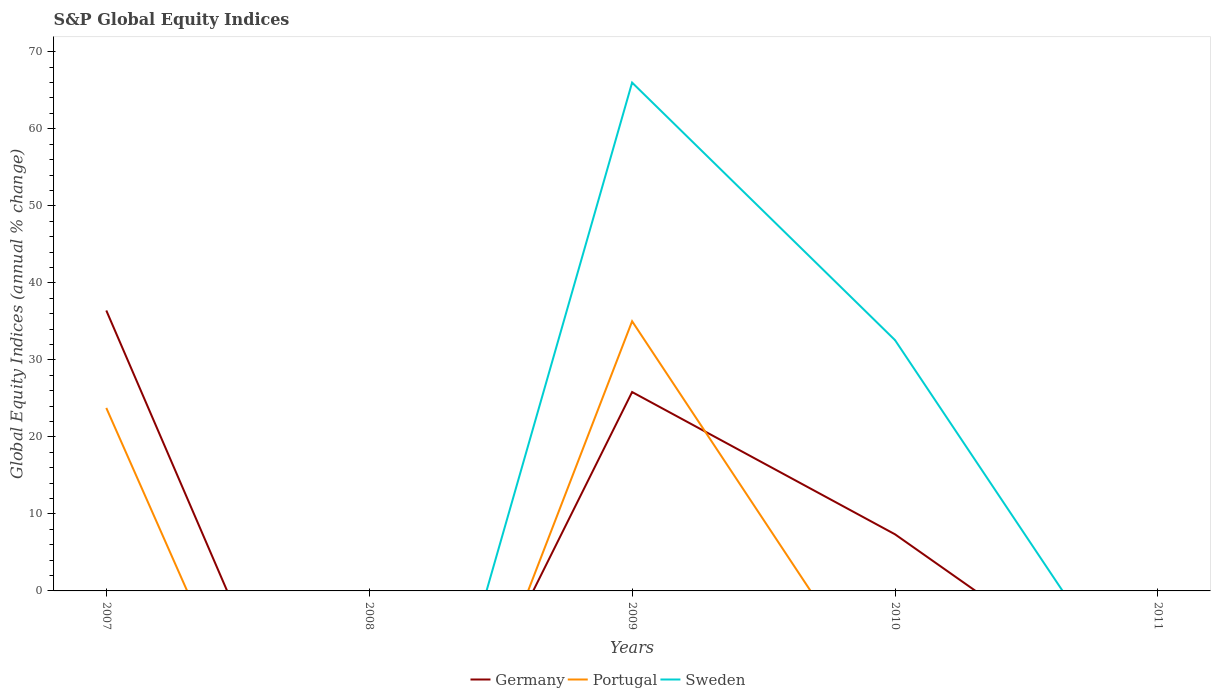
| Years | Germany | Portugal | Sweden |
 | --- | --- | --- | --- |
 | 2007 | 36.4 | 23.8 | -3.06 |
 | 2008 | -42.8 | -53.5 | -53.2 |
 | 2009 | 25.8 | 35 | 66 |
 | 2010 | 7.35 | -16.6 | 32.6 |
 | 2011 | -16.6 | -31 | -18.5 |